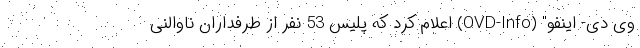
وی دی- اینفو" (OVD-Info) اعلام کرد که پلیس 53 نفر از طرفداران ناوالنی